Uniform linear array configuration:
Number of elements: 8
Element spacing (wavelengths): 0.75
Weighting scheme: uniform
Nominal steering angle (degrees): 30
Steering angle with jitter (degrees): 29.003
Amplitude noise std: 0.05
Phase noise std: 0.05

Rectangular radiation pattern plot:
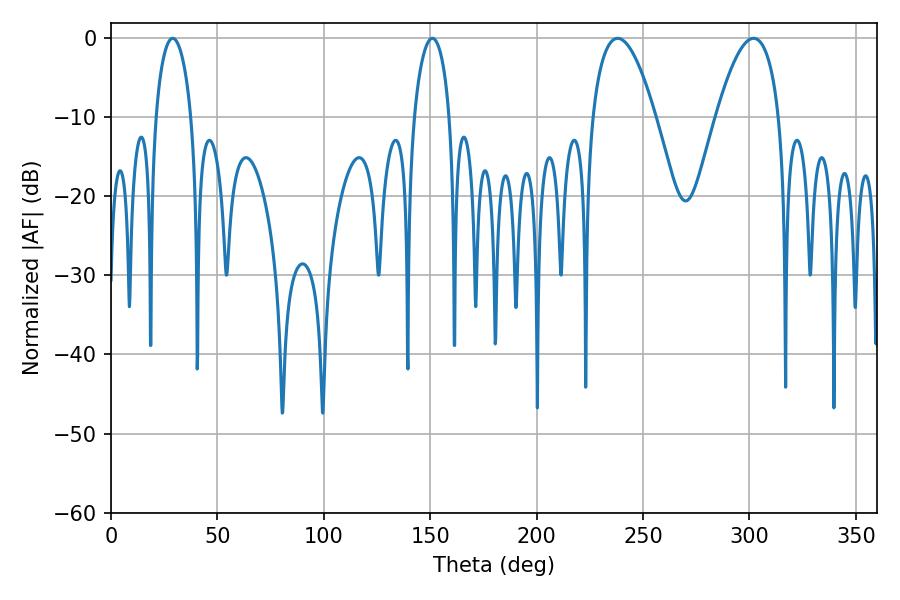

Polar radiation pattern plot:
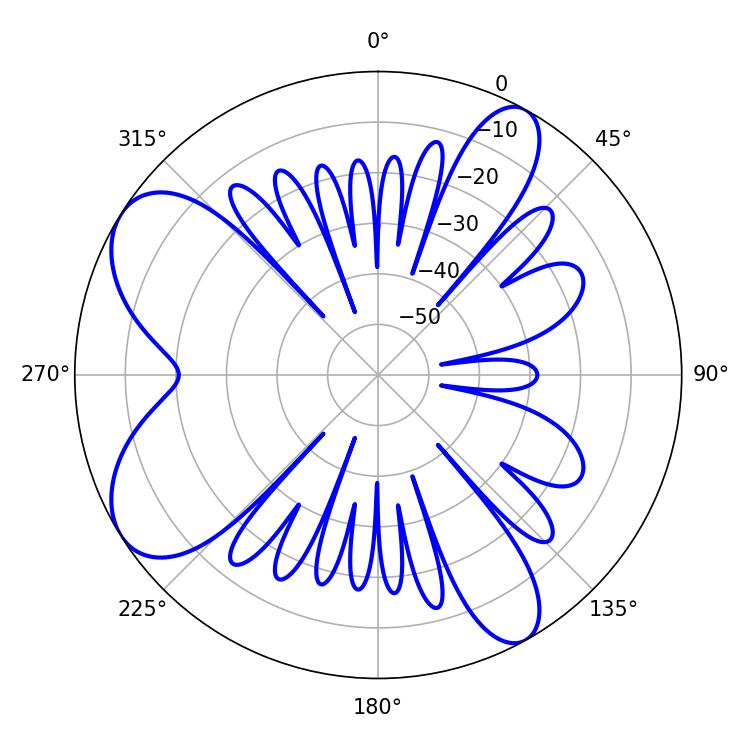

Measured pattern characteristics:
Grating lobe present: TRUE
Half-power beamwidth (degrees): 9.54
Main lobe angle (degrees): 28.98